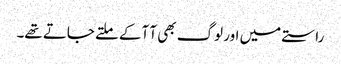
راستے میں اور لوگ بھی آ آکے ملتے جاتے تھے۔